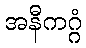
အနီကဂ္ဂံ